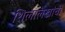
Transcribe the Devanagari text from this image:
शिलालेखांची